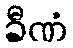
ခီဏံ